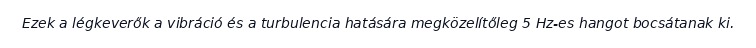
Ezek a légkeverők a vibráció és a turbulencia hatására megközelítőleg 5 Hz-es hangot bocsátanak ki.